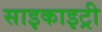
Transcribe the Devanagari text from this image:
साइकाइट्री